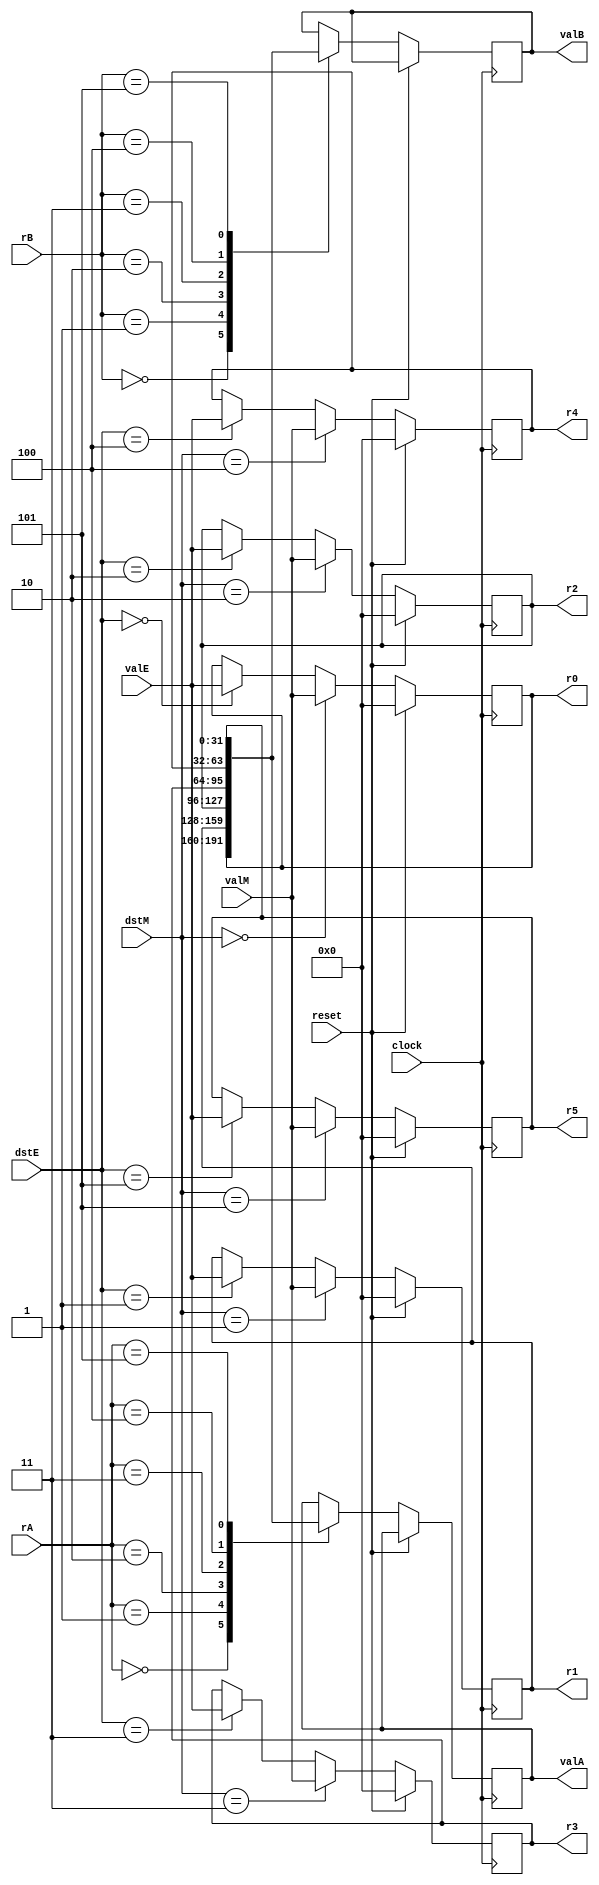
/* reset  r0-r5 
 valE  ID  dstE 
valM  ID  dstM ; ID  srcA 
 valA ID  srcB 
valB*/
/* r0-r5 */

module regfile(
    input wire[3:0] dstE,
    input wire[31:0] valE,
    input wire[3:0] dstM,
    input wire[31:0] valM,
    input wire[3:0] rA,    //src A
    input wire[3:0] rB,    //src B
    input wire reset,
    input wire clock,
    output reg [31:0] valA,
    output reg [31:0] valB,
    output reg [31:0] r0,
    output reg [31:0] r1,
    output reg [31:0] r2,
    output reg [31:0] r3,
    output reg [31:0] r4,
    output reg [31:0] r5
);

always @(posedge clock) begin
    if (reset) begin
        r0 <= 0;
        r1 <= 0;
        r2 <= 0;
        r3 <= 0;
        r4 <= 0;
        r5 <= 0;
    end
    else begin
        case(dstE)
            4'b0000: r0 <= valE;
            4'b0001: r1 <= valE;
            4'b0010: r2 <= valE;
            4'b0011: r3 <= valE;
            4'b0100: r4 <= valE;
            4'b0101: r5 <= valE;
            default: ;// do nothing
        endcase;

        case(dstM)
            4'b0000: r0 <= valM;
            4'b0001: r1 <= valM;
            4'b0010: r2 <= valM;
            4'b0011: r3 <= valM;
            4'b0100: r4 <= valM;
            4'b0101: r5 <= valM;
            default: ;// do nothing
        endcase;    

        case(rA)
            4'b0000: valA <= r0;
            4'b0001: valA <= r1;
            4'b0010: valA <= r2;
            4'b0011: valA <= r3;
            4'b0100: valA <= r4;
            4'b0101: valA <= r5;
            default: ;// do nothing
        endcase;

        case(rB)
            4'b0000: valB <= r0;
            4'b0001: valB <= r1;
            4'b0010: valB <= r2;
            4'b0011: valB <= r3;
            4'b0100: valB <= r4;
            4'b0101: valB <= r5;
            default: ;// do nothing
        endcase; 
    end
end

endmodule